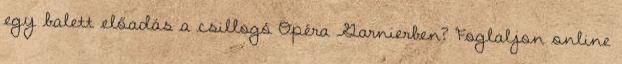
egy balett előadás a csillogó Opéra Garnierben? Foglaljon online